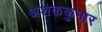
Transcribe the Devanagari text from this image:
अशककुमार